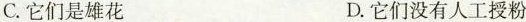
C.它们是雄花 D.它们没有人工授粉